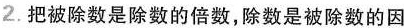
2.把被除数是除数的倍数，除数是被除数的因